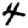
Digit: 4